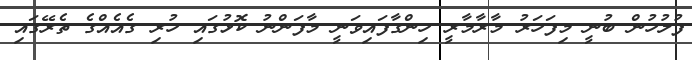
ފުލުހުން ބުނީ މިފަހަރު މާރާމާރީ ހިންގާފައިވަނީ މާފަންނު ކޮޅުގައި ހުރި ގެއެއްގެ ތެރޭގައި